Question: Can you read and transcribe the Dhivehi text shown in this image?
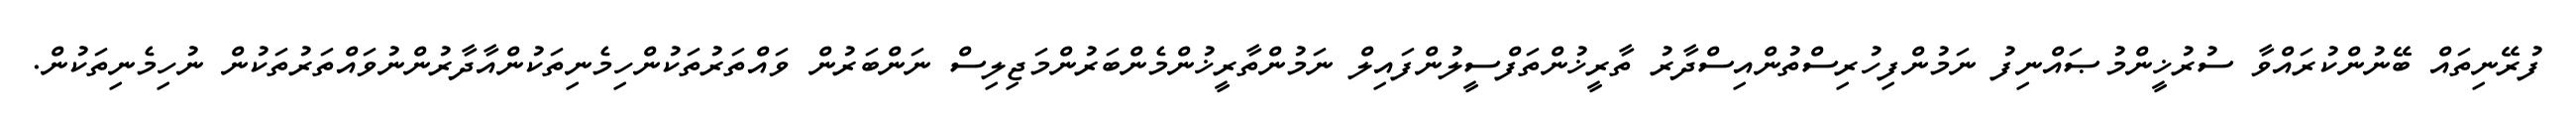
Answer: ފުރޭނިތައް ބޭނުންކުރައްވާ ސުރުޚީންމުޞައްނިފު ނަމުންފިހުރިސްތުންއިސްދާރު ތާރީޚުންތަފްސީލުންފައިލް ނަމުންތާރީޚުންމެންބަރުންމަޖިލިސް ނަންބަރުން ވައްތަރުތަކުންހިމެނިތަކުންއާދާރުންނުވައްތަރުތަކުން ނުހިމެނިތަކުން.